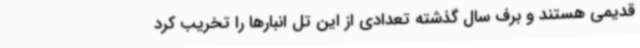
قدیمی هستند و برف سال گذشته تعدادی از این تل انبارها را تخریب کرد